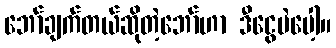
ဘော်ချက်တယ်ဆိုတဲ့ဘော်ဟာ ဒီငွေပဲပေါ့။